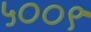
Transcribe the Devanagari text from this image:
५००९